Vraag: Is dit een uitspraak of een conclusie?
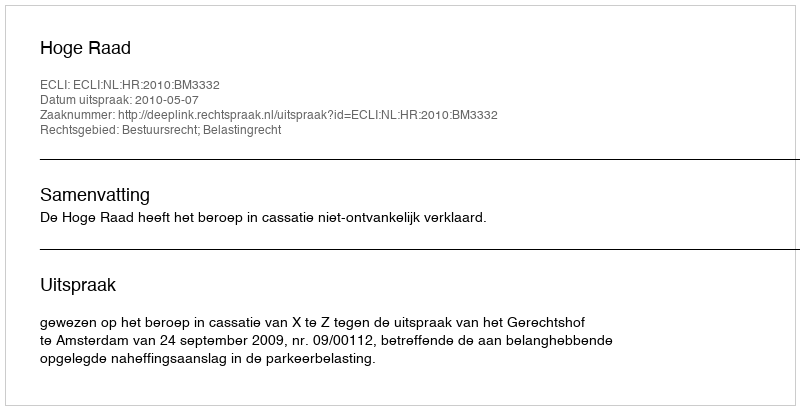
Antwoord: Uitspraak